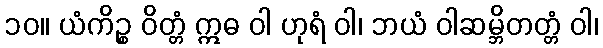
၁၀။ ယံကိဉ္စ ဝိတ္တံ ဣဓ ဝါ ဟုရံ ဝါ၊ ဘယံ ဝါဆမ္ဘိတတ္တံ ဝါ၊